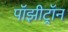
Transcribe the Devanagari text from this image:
पॉझीट्रॉन